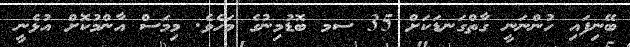
ބޭނިފައި ހުންނަނީ ގާތްގަނޑަކަށް 35 ސމ ބޮޑުމިނުގެ މަހެވެ. މިމަސް އާންމުކޮށް އުޅެނީ